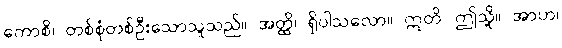
ကောစိ၊ တစ်စုံတစ်ဦးသောသူသည်။ အတ္ထိ၊ ရှိပါသလော။ ဣတိ၊ ဤသို့။ အာဟ၊